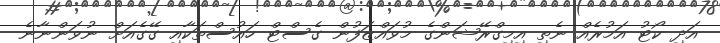
އަދި ކޯޓު އަމުރެއް ނެތި އިމިގްރޭޝަންގެ މުވައްޒަފުން ގެސްޓް ހައުސްތަކާއި ގޭގެއަށް ނުވަންނާނެ